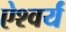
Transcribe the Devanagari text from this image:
ऐश्वर्यं